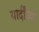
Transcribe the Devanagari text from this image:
यार्दींच्या